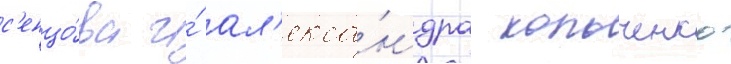
с'енцо́ва и́ ал'екса́ндра кольченко